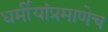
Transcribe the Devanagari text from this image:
धर्मीयांप्रमाणेच